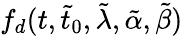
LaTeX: f_{d}(t,\tilde{t}_{0},\tilde{\lambda},\tilde{\alpha},\tilde{\beta})